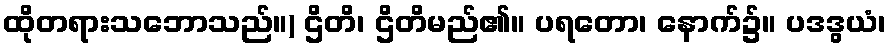
ထိုတရားသဘောသည်။) ဌိတိ၊ ဌိတိမည်၏။ ပရတော၊ နောက်၌။ ပဒဒွယံ၊